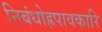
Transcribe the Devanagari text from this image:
निबंधोह्रपावकारि